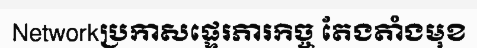
Networkប្រកាសផ្ទេរភារកិច្ច តែងតាំងមុខ